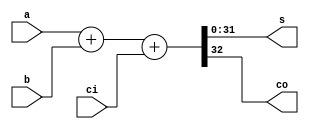
// mvp Version 2.24
// cmd line +define: MIPS_SIMULATION
// cmd line +define: MIPS_VMC_DUAL_INST
// cmd line +define: MIPS_VMC_INST
// cmd line +define: M14K_NO_ERROR_GEN
// cmd line +define: M14K_NO_SHADOW_CACHE_CHECK
// cmd line +define: M14K_TRACER_NO_FDCTRACE
//
// Description: m14k_mdl_add_simple
//       Simple ("+") MDU_lite Full adder. (32-bit)
//
// $Id: \$
// mips_repository_id: m14k_mdl_add_simple.mv, v 1.1 
//


//      	mips_start_of_legal_notice
//      	**********************************************************************
//		
//	Copyright (c) 2019 MIPS Tech, LLC, 300 Orchard City Dr., Suite 170, 
//	Campbell, CA 95008 USA.  All rights reserved.
//	This document contains information and code that is proprietary to 
//	MIPS Tech, LLC and MIPS' affiliates, as applicable, ("MIPS").  If this 
//	document is obtained pursuant to a MIPS Open license, the sole 
//	licensor under such license is MIPS Tech, LLC. This document and any 
//	information or code therein are protected by patent, copyright, 
//	trademarks and unfair competition laws, among others, and are 
//	distributed under a license restricting their use. MIPS has 
//	intellectual property rights, including patents or pending patent 
//	applications in the U.S. and in other countries, relating to the 
//	technology embodied in the product that is described in this document. 
//	Any distribution release of this document may include or be 
//	accompanied by materials developed by third parties. Any copying, 
//	reproducing, modifying or use of this information (in whole or in part) 
//	that is not expressly permitted in writing by MIPS or an authorized 
//	third party is strictly prohibited.  Any document provided in source 
//	format (i.e., in a modifiable form such as in FrameMaker or 
//	Microsoft Word format) may be subject to separate use and distribution 
//	restrictions applicable to such document. UNDER NO CIRCUMSTANCES MAY A 
//	DOCUMENT PROVIDED IN SOURCE FORMAT BE DISTRIBUTED TO A THIRD PARTY IN 
//	SOURCE FORMAT WITHOUT THE EXPRESS WRITTEN PERMISSION OF, OR LICENSED 
//	FROM, MIPS.  MIPS reserves the right to change the information or code 
//	contained in this document to improve function, design or otherwise.  
//	MIPS does not assume any liability arising out of the application or 
//	use of this information, or of any error or omission in such 
//	information. DOCUMENTATION AND CODE ARE PROVIDED "AS IS" AND ANY 
//	WARRANTIES, WHETHER EXPRESS, STATUTORY, IMPLIED OR OTHERWISE, 
//	INCLUDING BUT NOT LIMITED TO THE IMPLIED WARRANTIES OF MERCHANTABILITY, 
//	FITNESS FOR A PARTICULAR PURPOSE OR NON-INFRINGEMENT, ARE EXCLUDED, 
//	EXCEPT TO THE EXTENT THAT SUCH DISCLAIMERS ARE HELD TO BE LEGALLY 
//	INVALID IN A COMPETENT JURISDICTION. Except as expressly provided in 
//	any written license agreement from MIPS or an authorized third party, 
//	the furnishing or distribution of this document does not give recipient 
//	any license to any intellectual property rights, including any patent 
//	rights, that cover the information in this document.  
//	Products covered by, and information or code, contained this document 
//	are controlled by U.S. export control laws and may be subject to the 
//	expert or import laws in other countries. The information contained 
//	in this document shall not be exported, reexported, transferred, or 
//	released, directly or indirectly, in violation of the law of any 
//	country or international law, regulation, treaty, executive order, 
//	statute, amendments or supplements thereto. Nuclear, missile, chemical 
//	weapons, biological weapons or nuclear maritime end uses, whether 
//	direct or indirect, are strictly prohibited.  Should a conflict arise 
//	regarding the export, reexport, transfer, or release of the information 
//	contained in this document, the laws of the United States of America 
//	shall be the governing law.  
//	U.S Government Rights - Commercial software.  Government users are 
//	subject to the MIPS Tech, LLC standard license agreement and applicable 
//	provisions of the FAR and its supplements.
//	MIPS and MIPS Open are trademarks or registered trademarks of MIPS in 
//	the United States and other countries.  All other trademarks referred 
//	to herein are the property of their respective owners.  
//      
//      
//	**********************************************************************
//	mips_end_of_legal_notice
//      
////////////////////////////////////////////////////////////////////////////////

module m14k_mdl_add_simple(
	a,
	b,
	ci,
	s,
	co);

   
   
   input [31:0]   a;
   input [31:0]   b; 
   input 	  ci;
   output [31:0]  s;
   output 	  co;

// BEGIN Wire declarations made by MVP
wire [31:0] /*[31:0]*/ s;
wire co;
// END Wire declarations made by MVP

   
   assign {co,s[31:0]} = a + b + {31'b0, ci};


endmodule